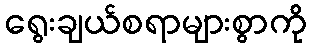
ရွေးချယ်စရာများစွာကို